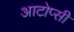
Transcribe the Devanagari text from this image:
आटोप्सी